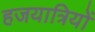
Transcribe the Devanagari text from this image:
हजयात्रियों